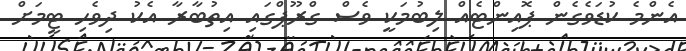
އެންމެ ކުޑަވެގެން ޕޮއިންޓެއް ލިބުމަކީ ވެސް ގްރޫޕްގައި އިތުބާރާ އެކު ދިވެހި ޓީމަށް